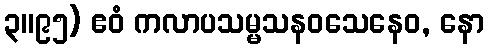
၃။၉၅) ဧဝံ ကလာပသမ္မသနဝသေနေဝ, နော